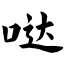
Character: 哒